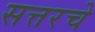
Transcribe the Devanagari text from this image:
सत्तरचे